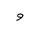
Letter: _waw